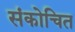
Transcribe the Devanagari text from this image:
संकोचित